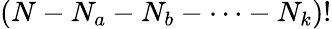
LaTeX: (N-N_{a}-N_{b}-\cdots-N_{k})!